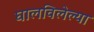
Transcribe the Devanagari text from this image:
घालविलेल्या